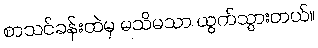
စာသင်ခန်းထဲမှ မသိမသာ ထွက်သွားတယ်။